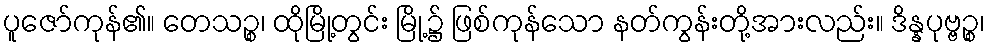
ပူဇော်ကုန်၏။ တေသဉ္စ၊ ထိုမြို့တွင်း မြို့၌ ဖြစ်ကုန်သော နတ်ကွန်းတို့အားလည်း။ ဒိန္နပုဗ္ဗဉ္စ၊